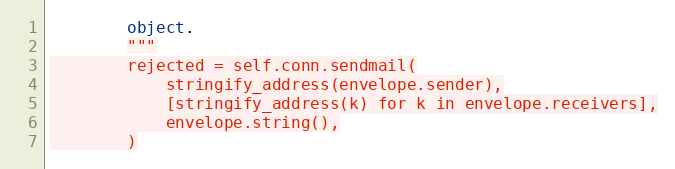
Language: Python
        object.
        """
        rejected = self.conn.sendmail(
            stringify_address(envelope.sender),
            [stringify_address(k) for k in envelope.receivers],
            envelope.string(),
        )